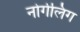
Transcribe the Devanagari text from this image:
नोर्गेलिंग